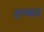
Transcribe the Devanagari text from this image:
सम्ब्ध्य